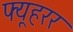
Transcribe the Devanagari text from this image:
फ्यूहरर